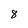
Character: 8